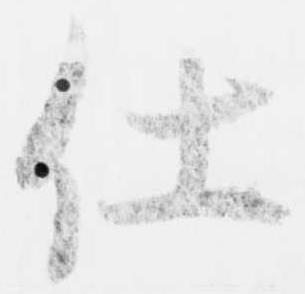
仕